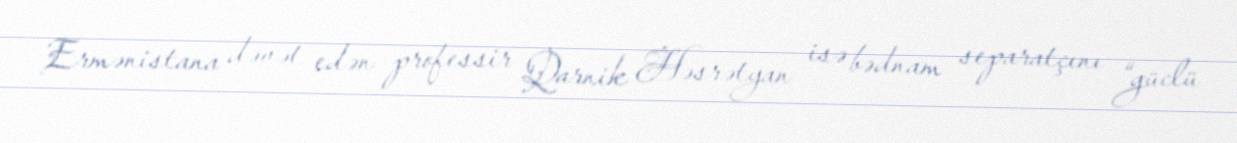
Ermənistana dəvət edən professir Qarnik Həsrətyan isə bədnam separatçını “güclü